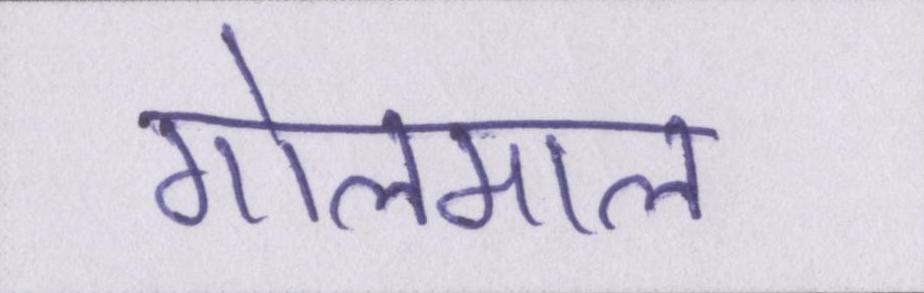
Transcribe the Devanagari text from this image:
गोलमाल